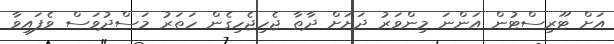
އަށް ޓޫރިސްޓުން އަންނަ މިންވަރު ދަށަށް ދާތާ ޖެހިޖެހިގެން ހަތަރު މަސްދުވަސް ވެފައިވާ